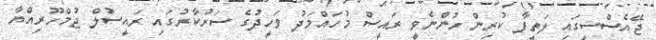
ޖޭއެސްސީގައި ލަތީފާ ކުރިން ހުންނެވީ ރައީސް މުހައްމަދު ވަހީދުގެ ސަރުކާރުގައި ރައީސުލް ޖުމްހޫރިއްޔާ